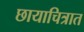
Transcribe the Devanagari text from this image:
छायाचित्रात